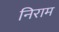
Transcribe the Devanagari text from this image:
निराम